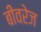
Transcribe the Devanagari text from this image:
बीवरेज